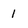
Character: 1